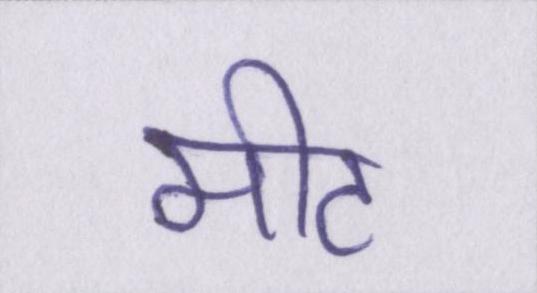
मीट